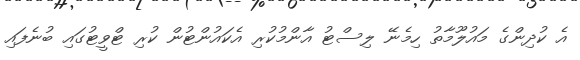
އެ ކުދިންގެ މައުލޫމާތު ހިމެނޭ ލިސްޓު އާންމުކުރި އެކައުންޓުން ކުރި ޓްވީޓުގައި ބުނެފައި